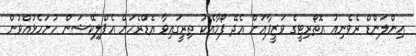
އިންލަންޑް ރެވެނިއު އޮތޯރިޓީގެ ވަޒީފާއަށް އެދޭ ފޯމާއެކު ތިރީގައިވާ އެޑްރެހަށް އެޕްލިކޭޝަން ހުށަހެޅުއްވުން